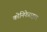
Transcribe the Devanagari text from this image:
कोनिफेराइल